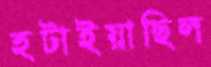
হটাইয়াছিল